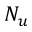
N _ { u }